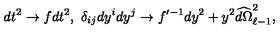
d t ^ { 2 } \to f d t ^ { 2 } , \ \delta _ { i j } d y ^ { i } d y ^ { j } \to f ^ { \prime - 1 } d y ^ { 2 } + y ^ { 2 } \widehat { d \Omega } _ { \ell - 1 } ^ { 2 } ,